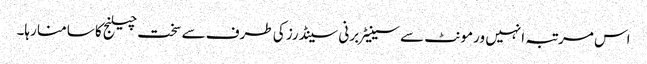
اس مرتبہ انہیں ورمونٹ سے سینیٹر برنی سینڈرز کی طرف سے سخت چیلنج کا سامنا رہا۔